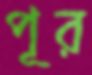
পূর